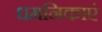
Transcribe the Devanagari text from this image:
धमनिकाएं